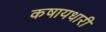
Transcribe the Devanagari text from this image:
कषायधारी